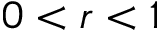
0 < r < 1